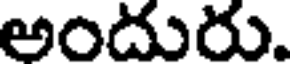
అందురు.